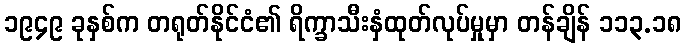
၁၉၄၉ ခုနှစ်က တရုတ်နိုင်ငံ၏ ရိက္ခာသီးနှံထုတ်လုပ်မှုမှာ တန်ချိန် ၁၁၃.၁၈